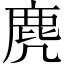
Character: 麂